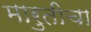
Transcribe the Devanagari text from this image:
मारुतीचा